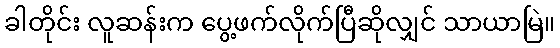
ခါတိုင်း လူဆန်းက ပွေ့ဖက်လိုက်ပြီဆိုလျှင် သာယာမြဲ။